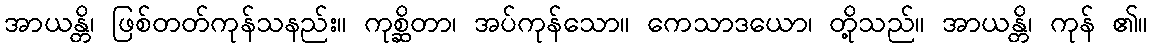
အာယန္တိ၊ ဖြစ်တတ်ကုန်သနည်း။ ကုစ္ဆိတာ၊ အပ်ကုန်သော။ ကေသာဒယော၊ တို့သည်။ အာယန္တိ၊ ကုန် ၏။